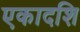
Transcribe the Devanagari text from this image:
एकादशि